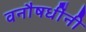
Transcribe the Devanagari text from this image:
वनौषधींनी